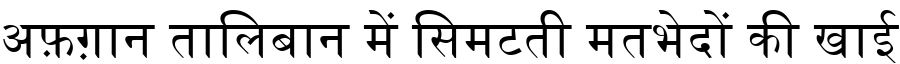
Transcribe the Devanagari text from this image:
अफ़ग़ान तालिबान में सिमटती मतभेदों की खाई